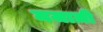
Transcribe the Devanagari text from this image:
मजाज़ी